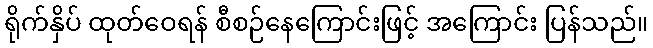
ရိုက်နှိပ် ထုတ်ဝေရန် စီစဉ်နေကြောင်းဖြင့် အကြောင်း ပြန်သည်။